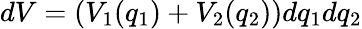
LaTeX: dV=(V_{1}(q_{1})+V_{2}(q_{2}))dq_{1}dq_{2}